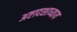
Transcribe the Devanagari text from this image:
अष्टादशाध्याय